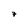
Character: 7